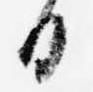
日